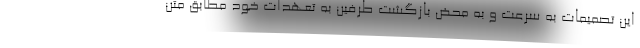
این تصمیمات به سرعت و به محض بازگشت طرفین به تعهدات خود مطابق متن